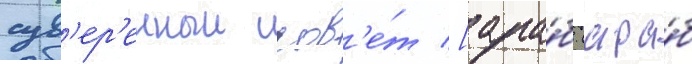
сув'ер'енныи сов'е́т [ара́б. (ара́б